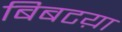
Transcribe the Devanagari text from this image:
बिबटय़ा